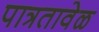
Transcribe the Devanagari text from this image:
पात्रतावेळ